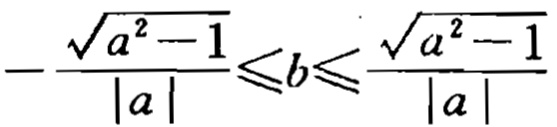
\(-\frac{\sqrt{a^{2}-1}}{|a|}\leqslant b\leqslant\frac{\sqrt{a^{2}-1}}{|a|}\)